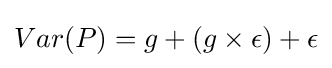
Var(P)=g+(g\times \epsilon )+\epsilon